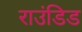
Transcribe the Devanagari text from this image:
राउंडिड